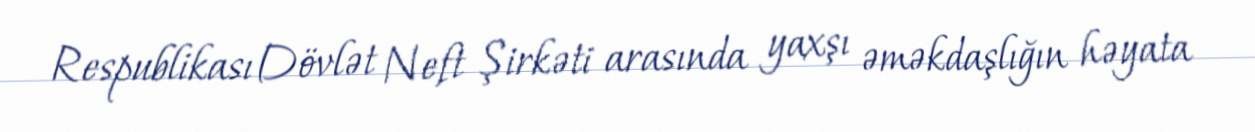
Respublikası Dövlət Neft Şirkəti arasında yaxşı əməkdaşlığın həyata